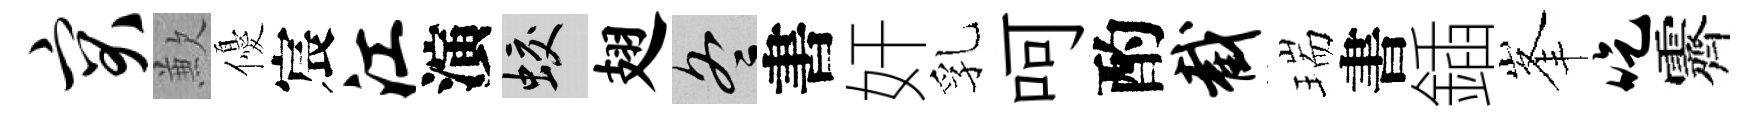
突歉優宸江演蛟翅冬書奸乳呵酌截瑞書鍤峯吃霽